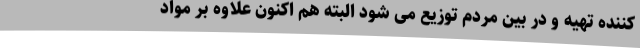
کننده تهیه و در بین مردم توزیع می شود البته هم اکنون علاوه بر مواد